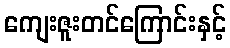
ကျေးဇူးတင်ကြောင်းနှင့်